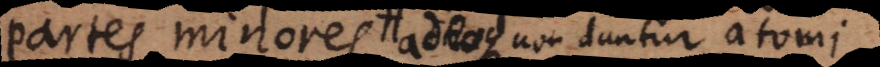
partes minores adeoque non dantur atomi.